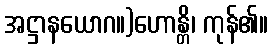
အဋ္ဌာနယောဂ။)ဟောန္တိ၊ ကုန်၏။